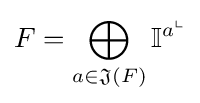
F=\bigoplus _{a\in {\mathfrak {J}}(F)}\mathbb {I} ^{a^{\llcorner }}